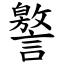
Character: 譥